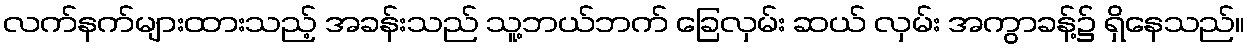
လက်နက်များထားသည့် အခန်းသည် သူ့ဘယ်ဘက် ခြေလှမ်း ဆယ် လှမ်း အကွာခန့်၌ ရှိနေသည်။